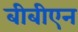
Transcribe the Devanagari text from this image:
बीबीएन